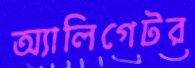
অ্যালিগেটর